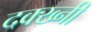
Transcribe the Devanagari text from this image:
दक्ख्नी